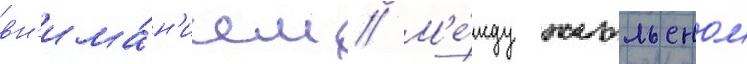
вн'има́н'ием // М'е́жду жюльеном